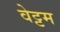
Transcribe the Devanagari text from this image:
वेट्टम